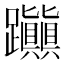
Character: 𨈃